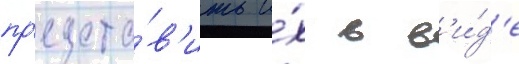
пр'едста́в'ить и́х в в'и́д'е